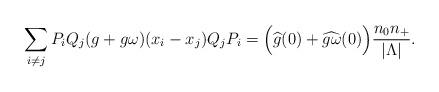
LaTeX: \begin{align*}\sum_{i\neq j} P_i Q_j (g+g\omega)(x_i-x_j)Q_j P_i = \Big( \widehat g(0) +\widehat{g \omega}(0) \Big) \frac{n_0 n_+}{\vert \Lambda \vert }.\end{align*}